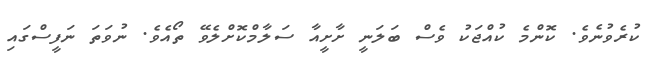
ކުރެވުނެވެ. ކޮންމެ ކުއްޖަކު ވެސް ބަލަނީ ށާށީއާ ސަލާމްކޮށްލެވޭ ތޯއެވެ. ނުވަތަ ނަފީސްގައި